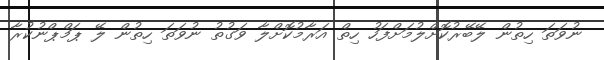
ނުވަތަ ހިތުން ލޭބޭރުކޮށްލުމަށްފަހު ހިތް އަރާމުކޮށްލާ ވަގުތު ނުވަތަ ހިތުން ލޭ ޕަމްޕްނުކުރާ